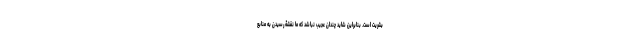
بشریت است. بنابراین شاید چندان عجیب نباشد که ما نقشۀ رسیدن به منابع